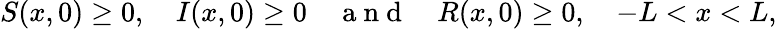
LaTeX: S(x,0)\geq 0,\quad I(x,0)\geq 0\quad\mathrm{~a~n~d~}\quad R(x,0)\geq 0,\quad-L<x<L,